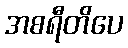
အစရီတိပေ